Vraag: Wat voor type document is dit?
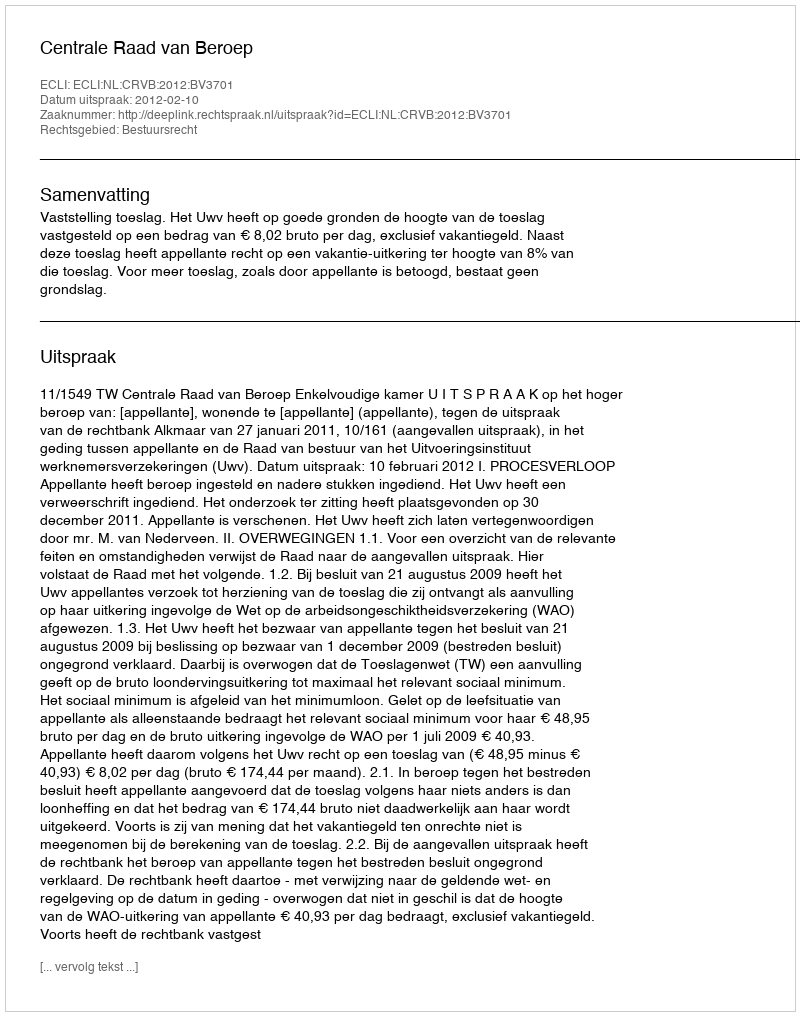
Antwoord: Uitspraak